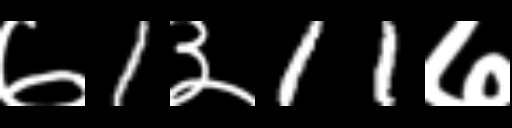
Text: ७1३11७